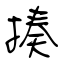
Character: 揍